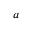
a